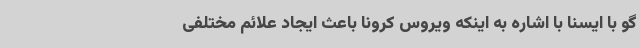
گو با ایسنا با اشاره به اینکه ویروس کرونا باعث ایجاد علائم مختلفی